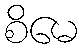
စိမေ